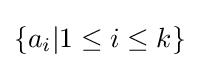
\{a_{i}|1\leq i\leq k\}